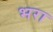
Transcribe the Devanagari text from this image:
भ्‍ारा